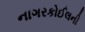
નાગરકોઈલની